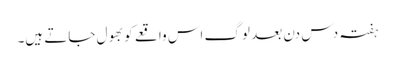
ہفتہ دس دن بعد لوگ اس واقعے کو بھول جاتے ہیں۔